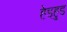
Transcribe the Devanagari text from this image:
हेडहुड